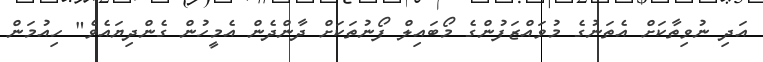
އަދި ނުވިތާކަށް އެތަނުގެ މުވައްޒަފުންގެ މޯބައިލް ފޯނުތަކަށް ދާންދެން އެމީހުން ގެންދިޔައެވެ" ހިއުމަން